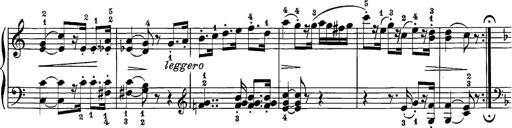
Title: 12 Sonatine per Pianoforte
Composer: Friedrich Kuhlau